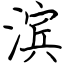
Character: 滨